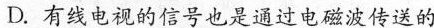
D.有线电视的信号也是通过电磁波传送的